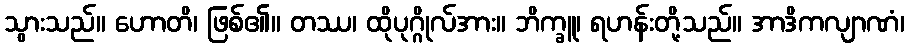
သွားသည်။ ဟောတိ၊ ဖြစ်၏။ တဿ၊ ထိုပုဂ္ဂိုလ်အား။ ဘိက္ခူ၊ ရဟန်းတို့သည်။ အာဒိကလျာဏံ၊